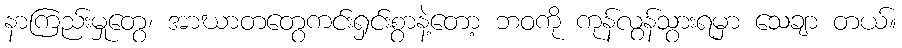
နာကြည်းမှုတွေ၊ အာဃာတတွေကင်းရှင်းစွာနဲ့တော့ ဘဝကို ကုန်လွန်သွားရမှာ သေချာ တယ်။